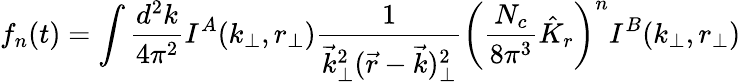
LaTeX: f_{n}(t)=\int{\frac{d^{2}k}{4\pi^{2}}}I^{A}(k_{\perp},r_{\perp}){\frac{1}{\vec{k}_{\perp}^{2}(\vec{r}-\vec{k})_{\perp}^{2}}}\left({\frac{N_{c}}{8\pi^{3}}}\hat{K}_{r}\right)^{n}I^{B}(k_{\perp},r_{\perp})